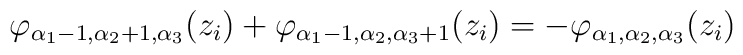
\varphi_{\alpha_1-1,\alpha_2+1,\alpha_3}(z_i)+\varphi_{\alpha_1-1,\alpha_2,\alpha_3+1}(z_i)=-\varphi_{\alpha_1,\alpha_2,\alpha_3}(z_i)